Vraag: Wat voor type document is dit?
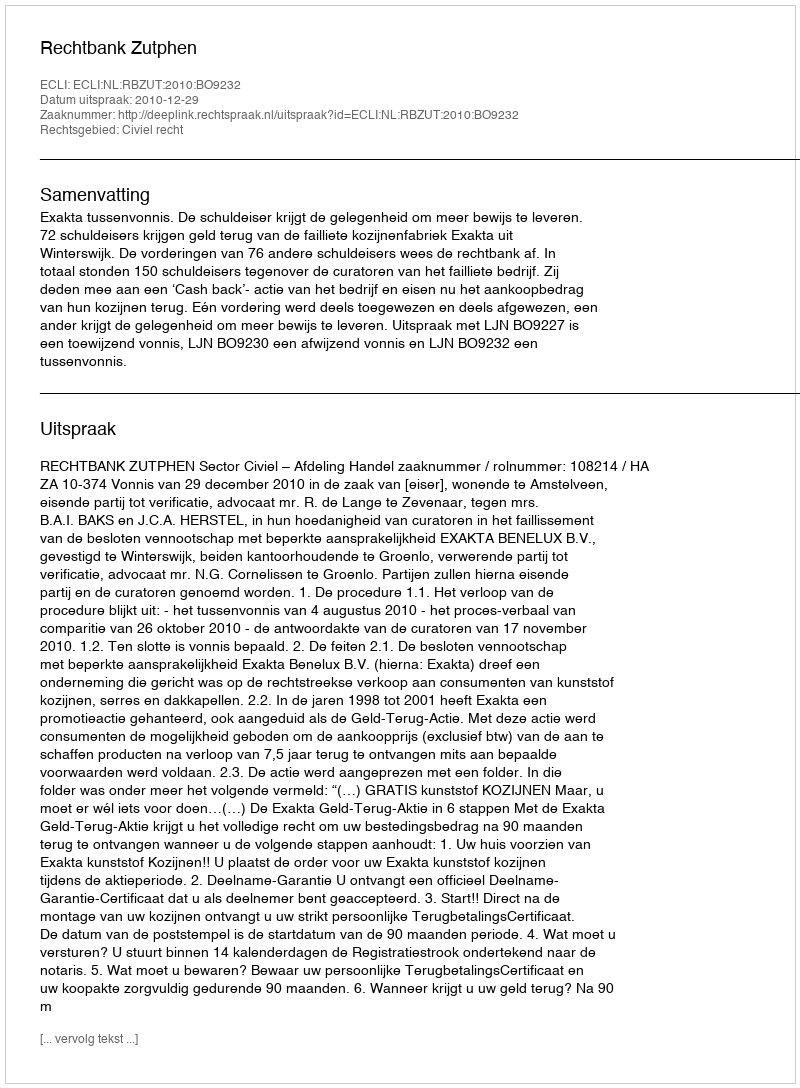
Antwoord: Uitspraak